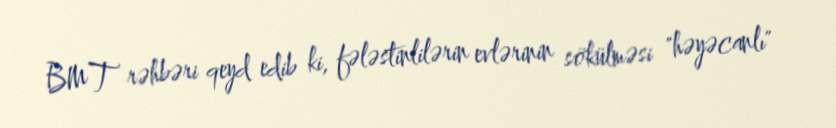
BMT rəhbəri qeyd edib ki, fələstinlilərin evlərinin sökülməsi "həyəcanlı"